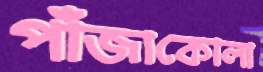
পাঁজাকোলা